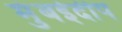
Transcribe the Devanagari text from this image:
मुंबईदीप